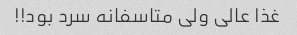
غذا عالی ولی متاسفانه سرد بود!!